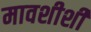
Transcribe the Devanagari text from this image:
मावशीशी